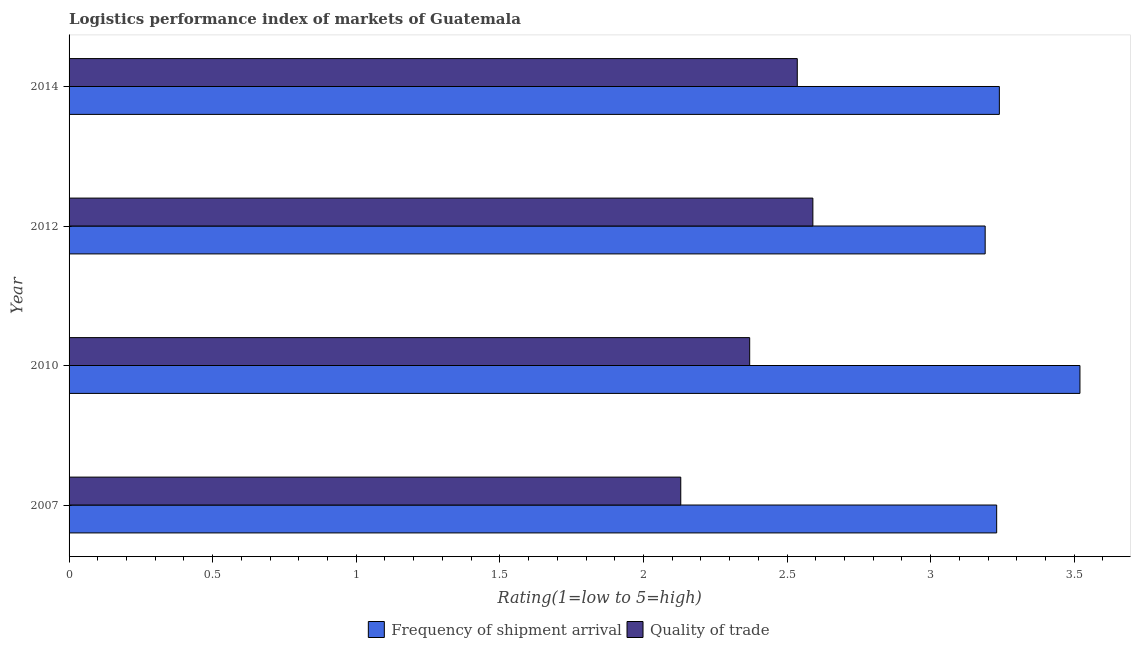
| Year | Frequency of shipment arrival | Quality of trade |
 | --- | --- | --- |
 | 2007 | 3.23 | 2.13 |
 | 2010 | 3.52 | 2.37 |
 | 2012 | 3.19 | 2.59 |
 | 2014 | 3.24 | 2.54 |